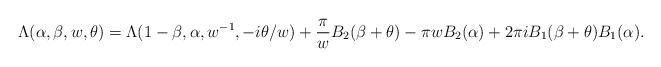
\begin{align*}~~~~~~~\Lambda (\alpha,\beta,w,\theta) = \Lambda(1-\beta,\alpha,w^{-1},-i\theta/w) +\frac{\pi}{w}B_2(\beta + \theta) -\pi w B_2(\alpha)+ 2 \pi i B_1(\beta+ \theta) B_1(\alpha) .\end{align*}